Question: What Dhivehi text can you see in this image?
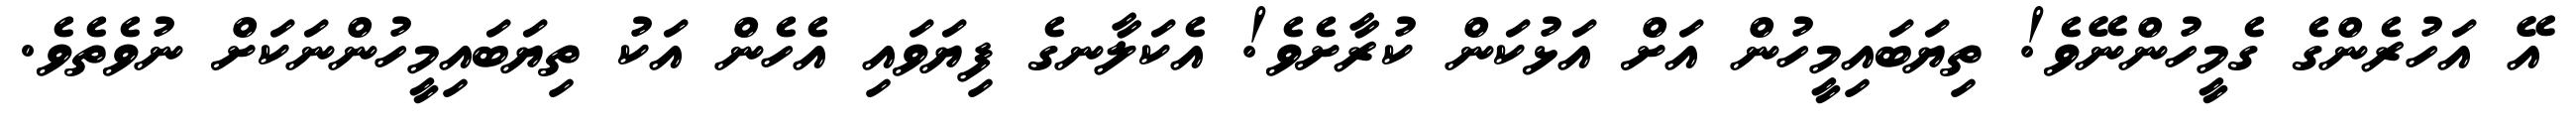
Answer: އޭ އަހުރެންގެ ގެމީހުންނޭވެ! ތިޔަބައިމީހުން އަށް އަޅުކަން ކުރާށެވެ! އެކަލާނގެ ފިޔަވައި އެހެން އަކު ތިޔަބައިމީހުންނަކަށް ނުވެތެވެ.